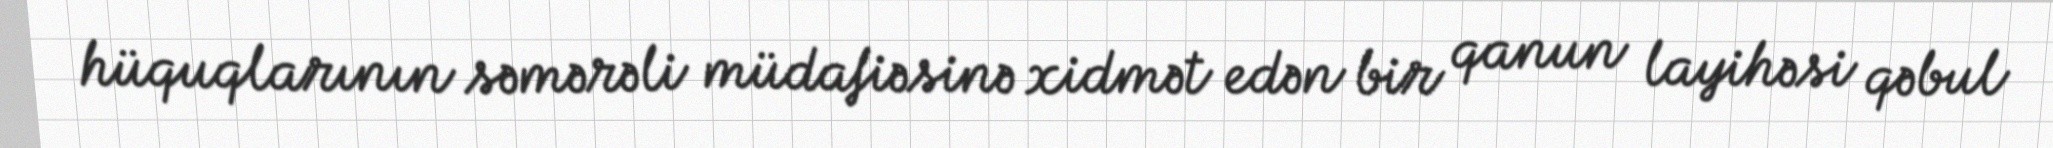
hüquqlarının səmərəli müdafiəsinə xidmət edən bir qanun layihəsi qəbul